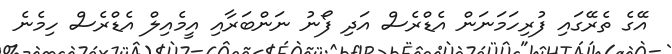
އޭގެ ތެރޭގައި ފުރިހަމަނަން އެޑްރެސް އަދި ފޯނު ނަންބަރާއި އީމެއިލް އެޑްރެސް ހިމެނެ